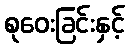
စုဝေးခြင်းနှင့်